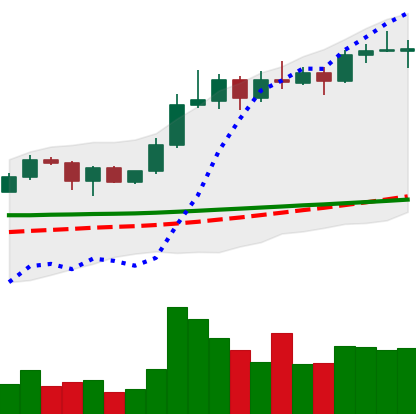
Ticker: ADA-USD
Chart end date: 2020-02-08
Forward return: 14.408%
Label: up_7plus